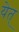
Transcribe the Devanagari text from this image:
येत्